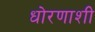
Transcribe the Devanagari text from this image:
धोरणाशी